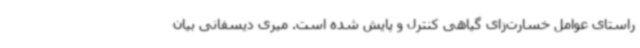
راستای عوامل خسارت‌زای گیاهی کنترل و پایش شده است. میری دیسفانی بیان